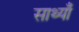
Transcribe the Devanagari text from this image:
साथ्याँ